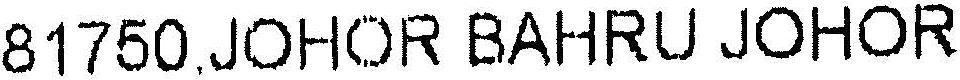
81750,JOHOR BAHRU JOHOR